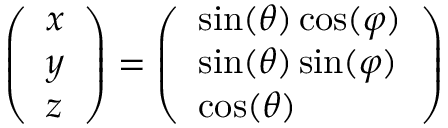
\left( \begin{array} { l } { x } \\ { y } \\ { z } \end{array} \right) = \left( \begin{array} { l } { \sin ( \theta ) \cos ( \varphi ) } \\ { \sin ( \theta ) \sin ( \varphi ) } \\ { \cos ( \theta ) } \end{array} \right)